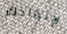
لإنقاذك